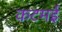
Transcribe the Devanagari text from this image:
कटमई